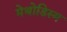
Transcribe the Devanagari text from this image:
मेथोडिस्म